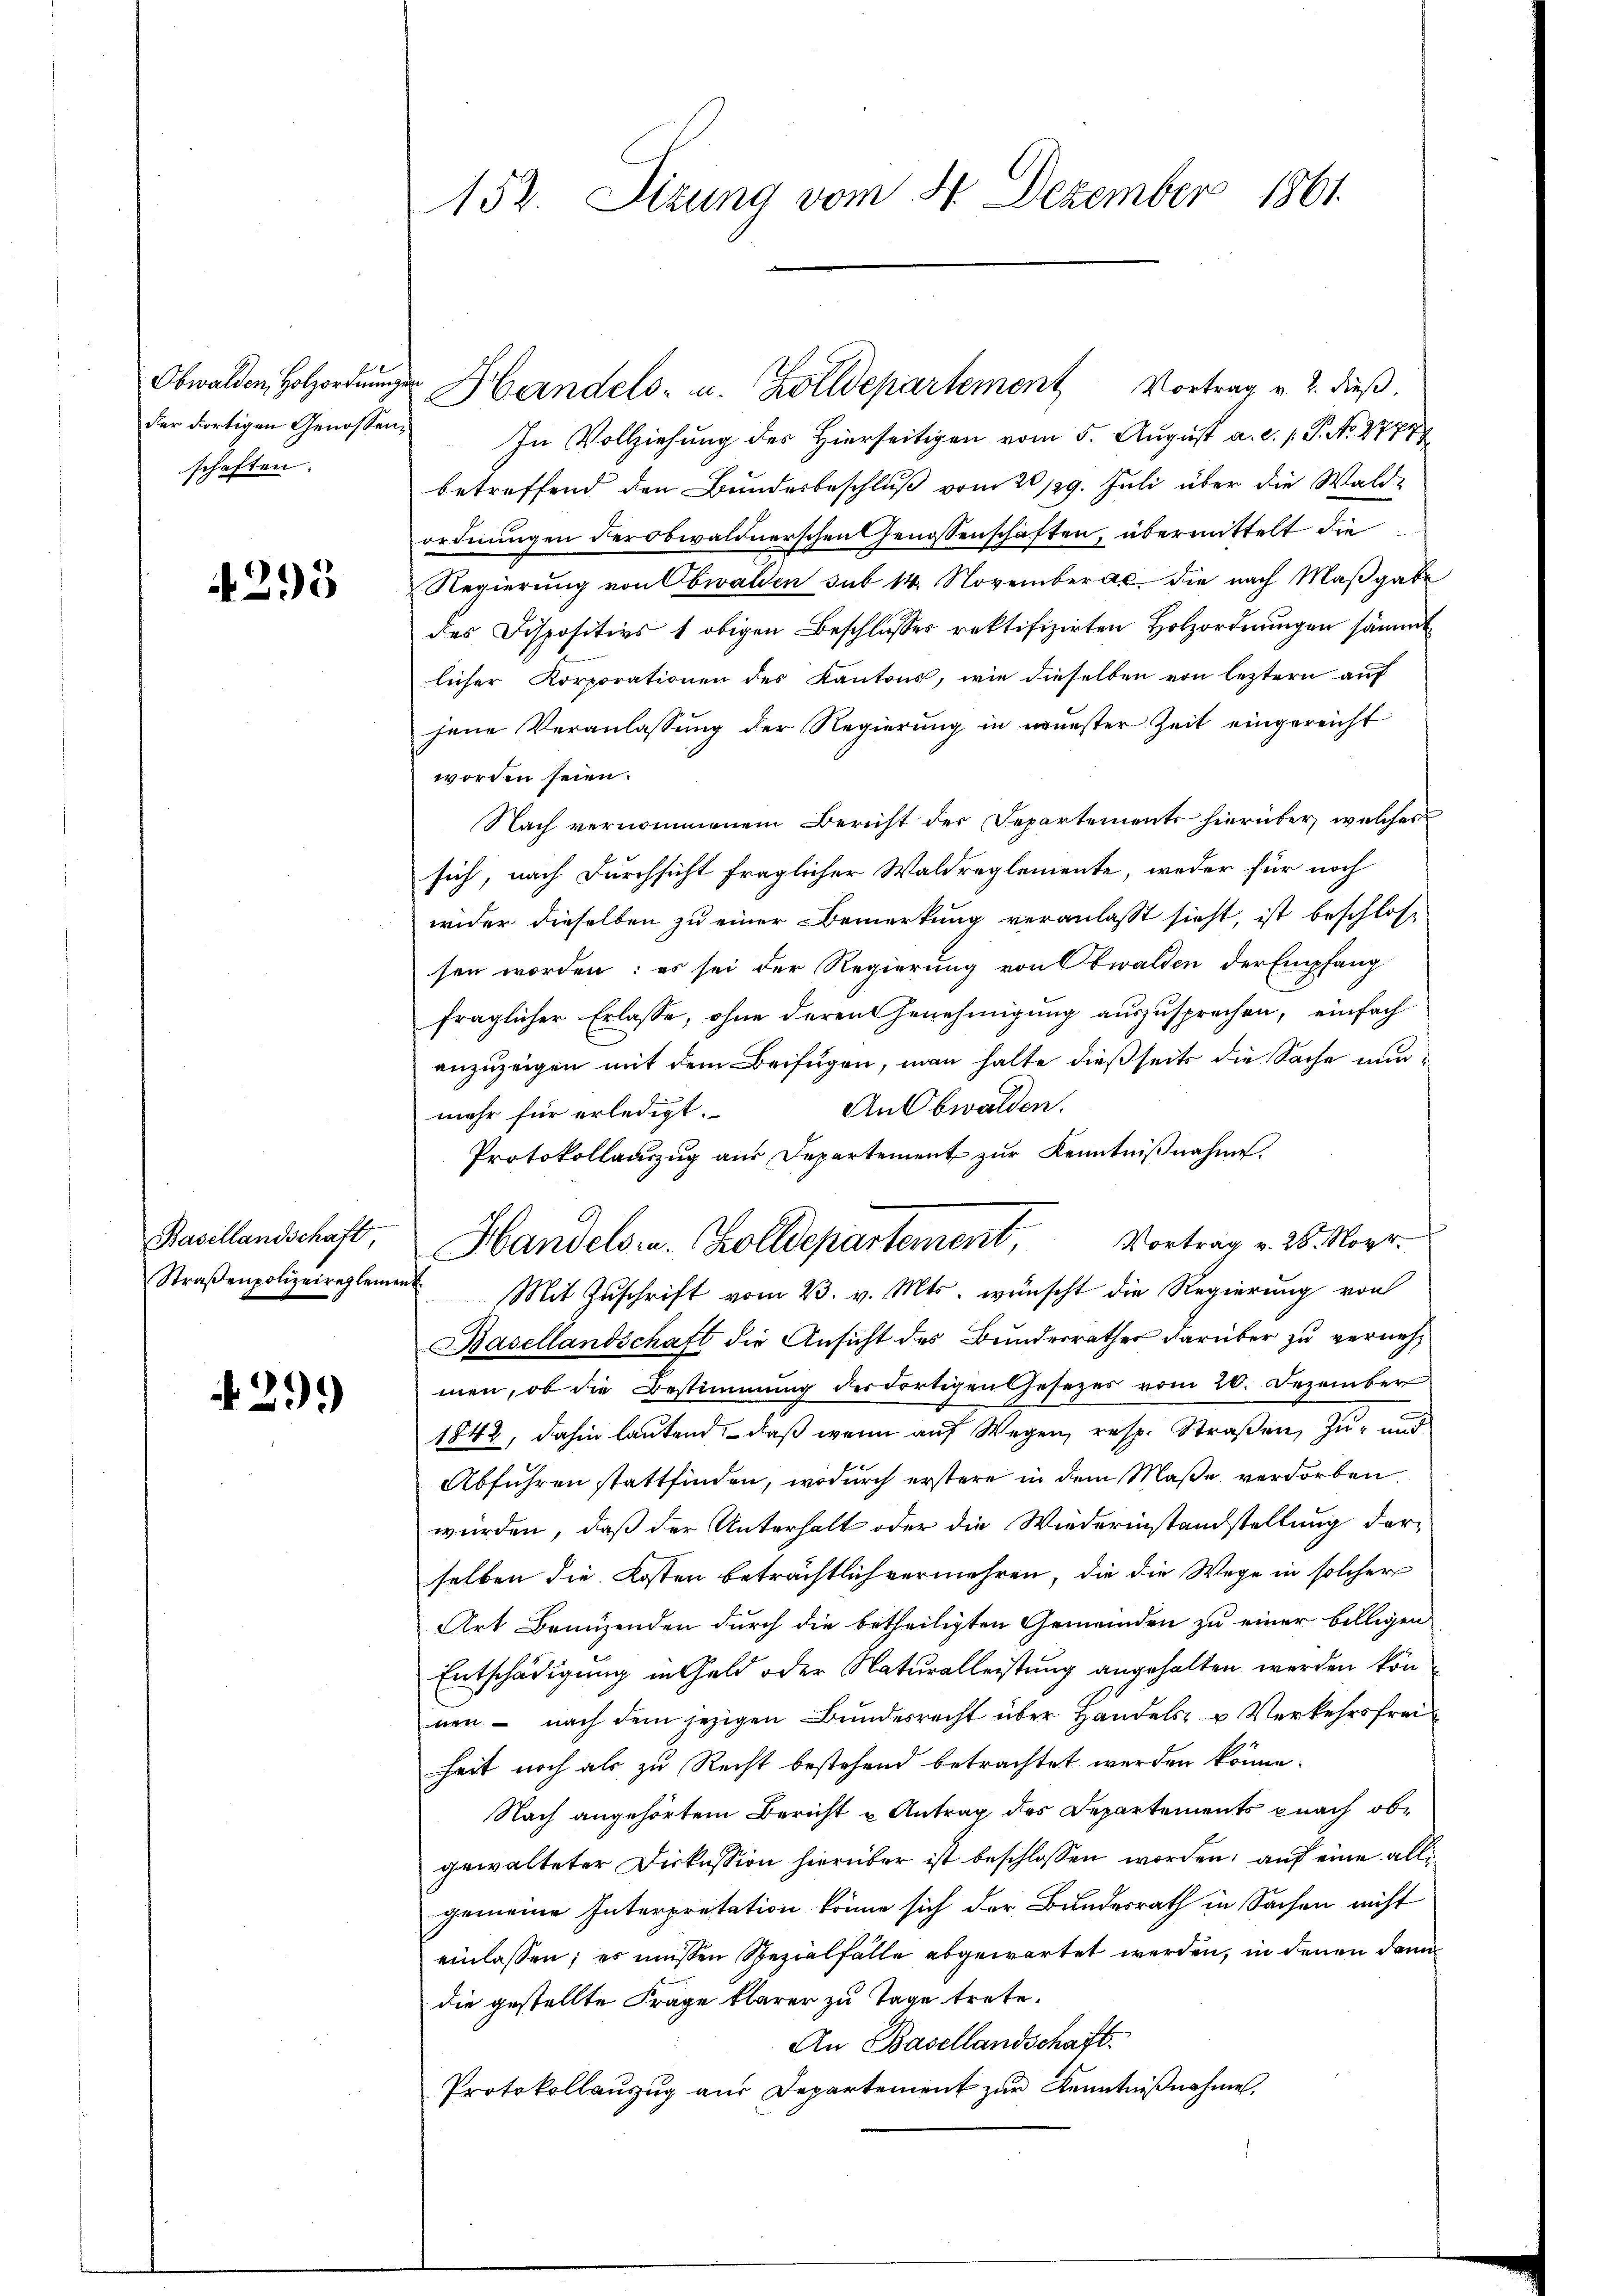
schaften.

4293

Obwalden Holzordnunger Handels- u. Zolldepartement Vortrag v. 2. dieß.
der dortigen Genossen In Vollziehung des Hierseitigen vom 5. August a. a. p. P. No. 1777
betreffend den Bundesbeschluß vom 20 /29. Juli über die Wald-
ordnungen der obwaldnerschen Genossenschaften, übermittelt die
Regierung von Obwalden sub 14. November die nach Maßgabe
des Dispositivs 1 obigen Beschlusses rektifizirten Holzordnungen sämmt
licher Korporationen des Kantons, wie dieselben von leztern auf
jene Veranlassung der Regierung in neuester Zeit eingereicht
worden seien.
Nach vernommenem Bericht der Departements hierüber, welches
sich, nach Durchsicht fraglicher Waldreglemente, weder für noch
wider dieselben zu einer Bemerkung veranlasst sieht, ist beschlose
sen worden: es sei der Regierung von Obwalden der Empfang
fraglicher Erlasse, ohne derent Genehmigung auszusprechen, einfach
anzuzeigen mit dem Beifügen, man halte dießseits die Sache nun¬
An Obwalden.
mehr für erledigt.
Protokollauszug aus Departement zŭr Kenntniβnahme.
Straβenpolizeireglement Mit Zŭschrift vom 23. v. Mts. wünscht die Regierŭng von
Basellandschaft die Ansicht des Bundesrathes darüber zu vernehmen, ob die Bestimmung der dortigen Gesezes vom 20. Dezember
1842, dahin lautend, daß wenn auf Wegen, resp. Straßen, zu- und
Abführen stattfinden, wodurch erstere in dem Maße verdorben
würden, daß der Unterhalt oder die Wiederinstandstellung derselben die Kosten beträchtlich vermehren, die die Wege in solcher
Art Brunzenden durch die betheiligten Gemeinden zu einer billigen
Entschädigung in Geld oder Naturalleistung angehalten werden kön
nen - nach dem jezigen Bundesrecht über Handels- u Verkehrsfreiheit noch als zu Recht bestehend betrachtet werden könne.
Nach angehörtem Bericht u Antrag des Departements pnach obe
gewalteter Diskussion hierüber ist beschlossen worden, auf eine allgemeine Interpretation könne sich der Bundesrath in Sachen nicht
einlassen; es müssen Spezialfalle abgewartet werden, in denen dann
die gestellte Frage klarer zu Tage trete.
An Basellandschaft.
Protokollanzug aus Departement zur Kenntnißnahme,

29.)

152. Sizung vom 4. Dezember 1861.

Basellandschaft, Handels- u. Zolldepartement, Vortrag v. 26. Nobr.